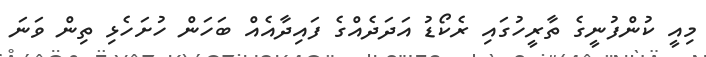
މިއީ ކުންފުނީގެ ތާރީހުގައި ރެކޯޑު އަދަދެއްގެ ފައިދާއެއް ބަހަން ހުށަހެޅި ތިން ވަނަ